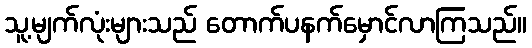
သူ့မျက်လုံးများသည် တောက်ပနက်မှောင်လာကြသည်။